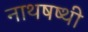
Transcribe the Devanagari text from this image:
नाथषष्थी